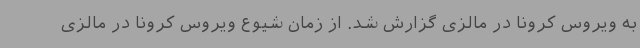
به ویروس کرونا در مالزی گزارش شد. از زمان شیوع ویروس کرونا در مالزی